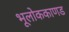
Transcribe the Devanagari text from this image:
भूलाेककाणड